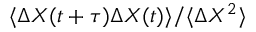
\langle { \mit \Delta } X ( t + \tau ) { \mit \Delta } X ( t ) \rangle / \langle { \mit \Delta } X ^ { 2 } \rangle